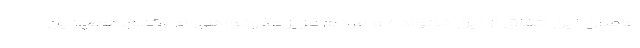
عاملان این اتفاق از این خانواده و مردم عزیز عذرخواهی می‌کنم. همچنین